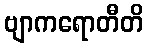
ဗျာကရောတီတိ